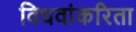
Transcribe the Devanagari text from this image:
विधवांकरिता